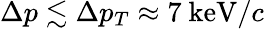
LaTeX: \Delta p\lesssim\Delta p_{T}\approx 7~\mathrm{keV}/c